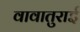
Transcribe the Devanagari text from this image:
वावातुराई